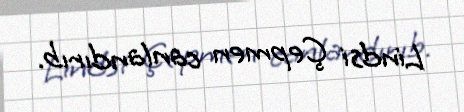
Lindsi Çepmen canlandırıb.